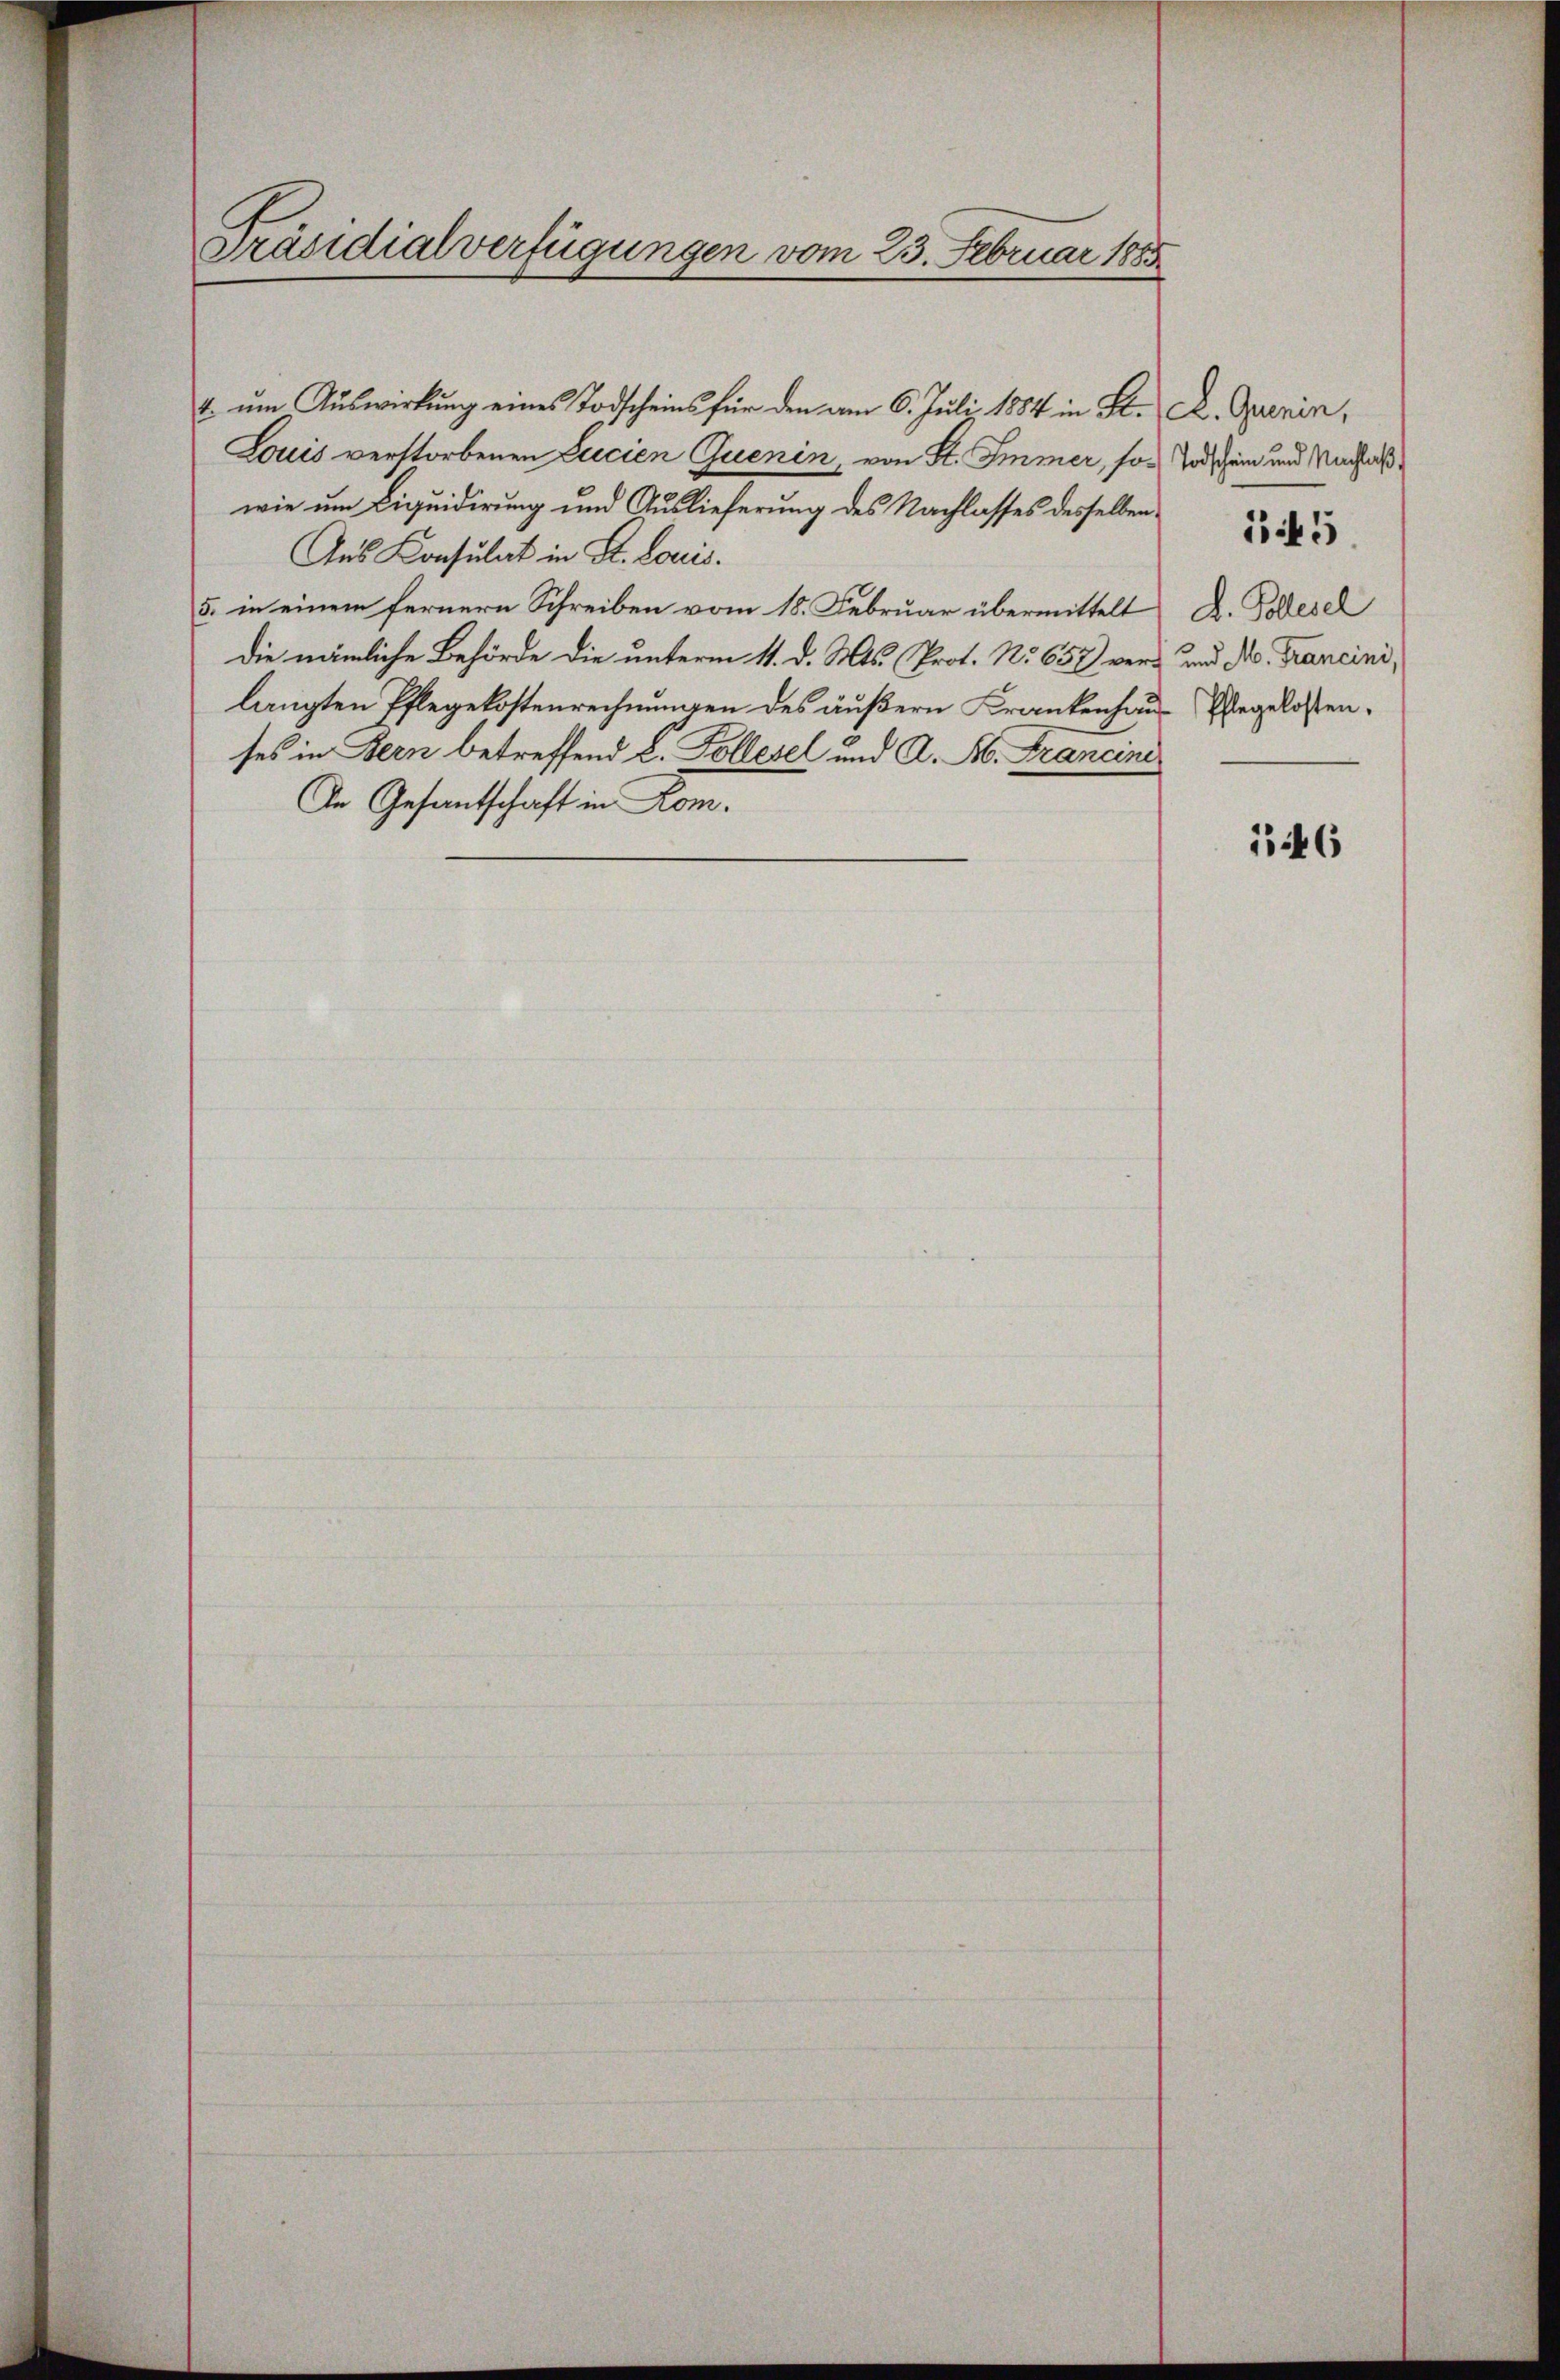
Präsidialverfügungen vom 23. Februar 1883

4. ŭm Aŭswirkŭng eines Todscheins für den am 6. Juli 1884 in St. A. Querin,
Louis verstorbenen Lucien Quenin, von St. Immer, so raschein und Nachlaßwie um Liquidirung und Auslieferung des Nachlasses desselben
Aus Konsulat in St. Louis.
5. in einem fernern Schreiben vom 18. Februar übermittelt D. Podesel
Die nämliche Behörde die unterm 11. d. Mts. Prot. No 658 vers und No. Francini,
langten Pflegekostenrechnungen des äußern Krankenhaus Regelostenses in Bern betreffend L. Pollisel und A. A. Francini
An Gesantschaft in Kom¬

145

1446